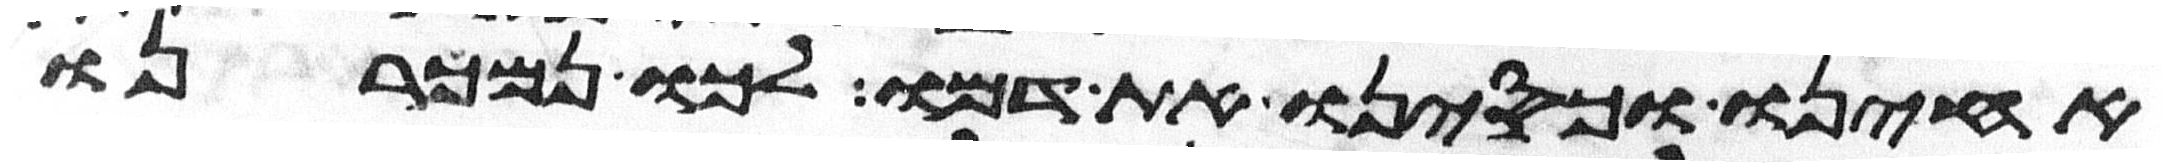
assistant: אחינו וכסינו את דמו לכו נמכרנו